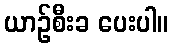
ယာဉ်စီးခ ပေးပါ။